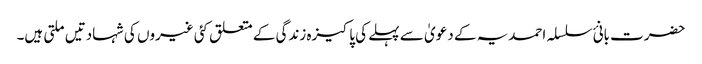
حضرت بانئ سلسلہ احمدیہ کے دعویٰ سے پہلے کی پاکیزہ زندگی کے متعلق کئی غیروں کی شہادتیں ملتی ہیں۔